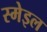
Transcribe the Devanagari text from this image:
स्मेइल